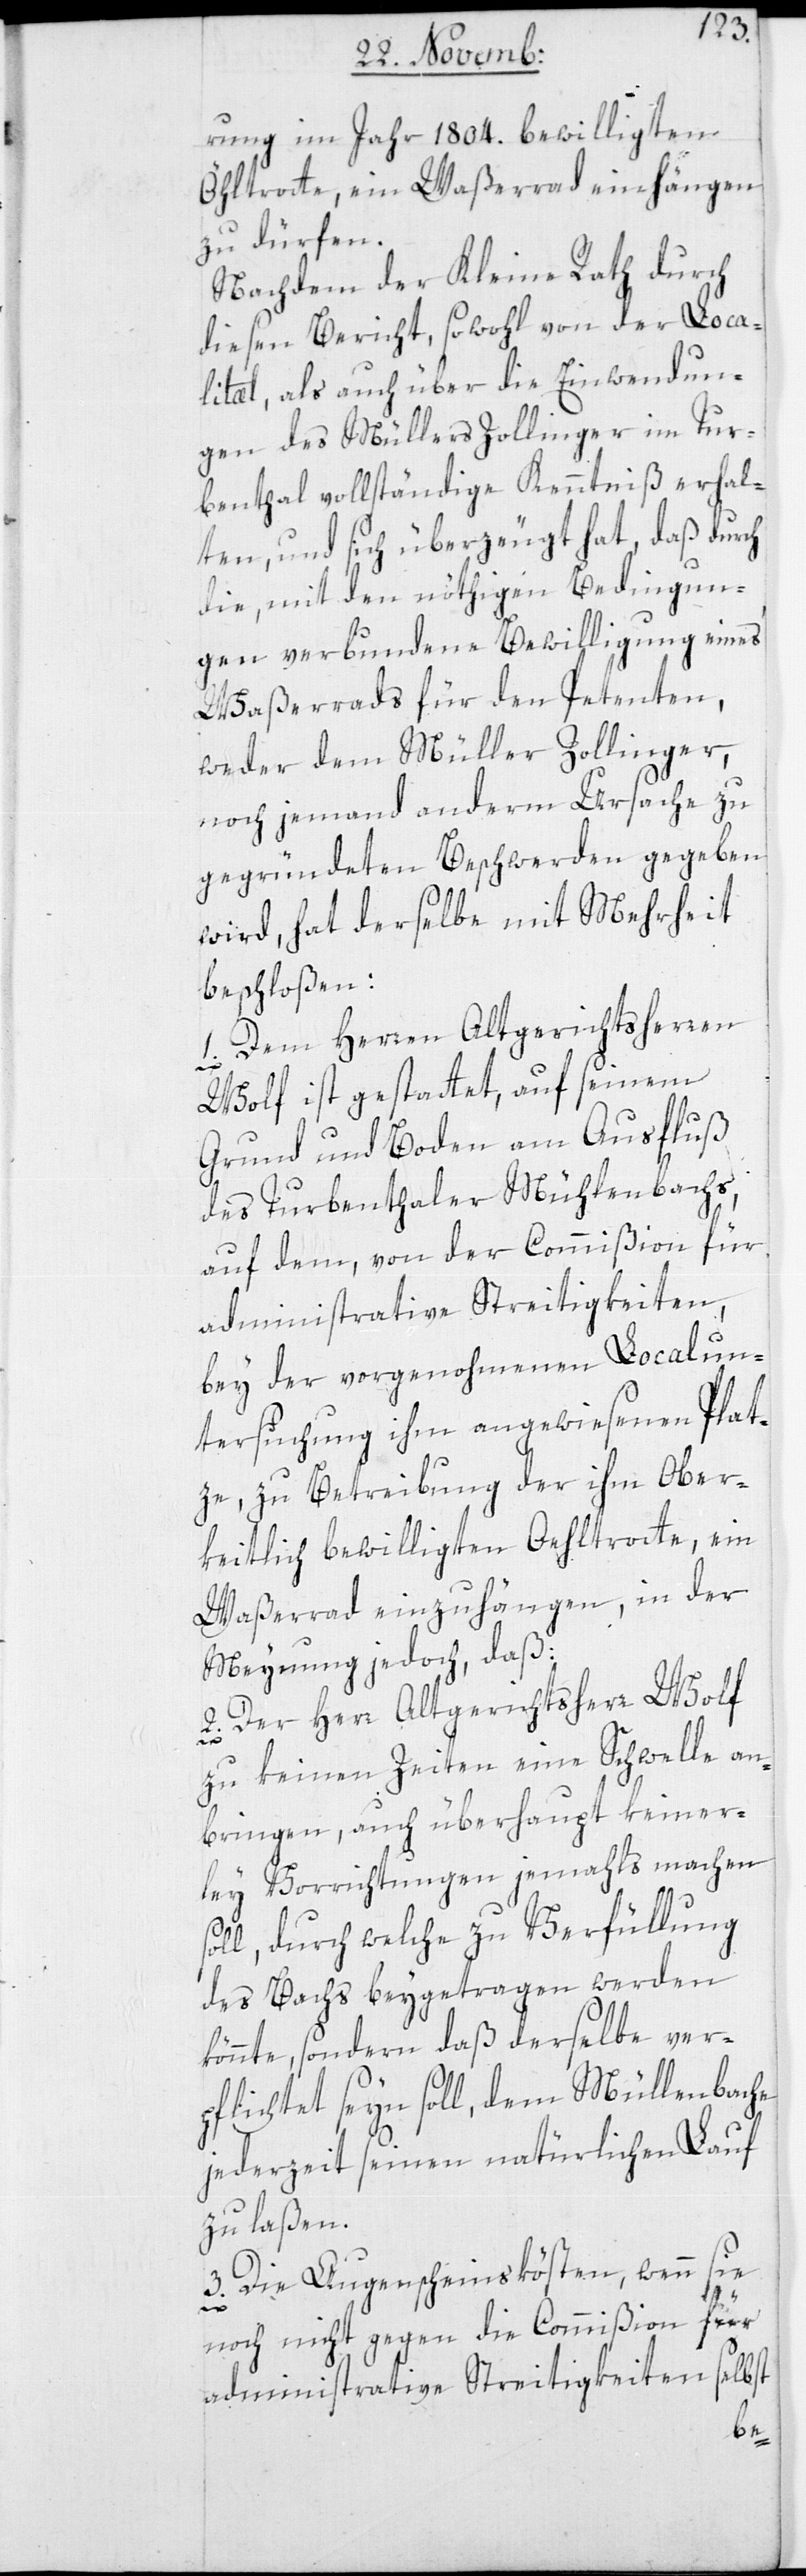
rung im Jahr 1804. bewilligten
Öhltrotte, ein Waßerrad einhängen
zu dürfen.
Nachdem der Kleine Rath durch
diesen Bericht, sowohl von der Loca¬
lität, als auch über die Einwendun¬
gen des Müllers Zollinger im Tur¬
benthal vollständige Kenntniß erhal¬
ten, und sich überzeugt hat, daß durch
die, mit den nöthigen Bedingun¬
gen verbundene Bewilligung eines
Waßerrads für den Petenten,
weder dem Müller Zollinger,
noch jemand anderm Ursache zu
gegründeten Beschwerden gegeben
wird, hat derselbe mit Mehrheit
beschloßen:
1. Dem Herren Altgerichtsherren
Wolf ist gestattet, auf seinem
Grund und Boden am Ausfluß
des Turbenthalers Mühlenbachs,
auf dem, von der Commißion für
administrative Streitigkeiten,
bey der vorgenohmenen Localun¬
tersuchung ihm angewiesenen Plat¬
ze, zu Betreibung der ihm Ober¬
keitlich bewilligten Oehltrotte, ein
Waßerrad einzuhängen, in der
Meinung jedoch, daß:
2. Der Herr Altgerichtsherr Wolf
zu keinen Zeiten eine Schwelle an¬
bringen, auch überhaupt keiner¬
ley Vorrichtungen jemals machen
soll, durch welche zu Verfüllung
des Bachs beygetragen werden
könnte, sondern daß derselbe ver¬
pflichtet seyn soll, dem Müllenbache
jederzeit seinen natürlichen Lauf
zu laßen.
3. Die Augenscheinskösten, wenn sie
noch nicht gegen die Commißion für
administrative Streitigkeiten selbst